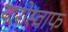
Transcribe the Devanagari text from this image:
यारोस्वाफ